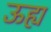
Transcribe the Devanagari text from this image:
ऊह्य